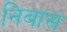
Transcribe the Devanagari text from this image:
निबास